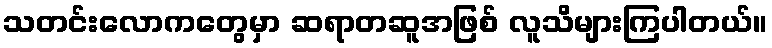
သတင်းလောကတွေမှာ ဆရာတဆူအဖြစ် လူသိများကြပါတယ်။